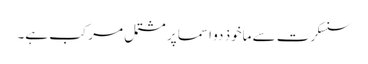
سنسکرت سے ماخوذ دو اسما پر مشتمل مرکب ہے۔